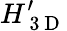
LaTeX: H_{\mathrm{~3~D~}}^{\prime}